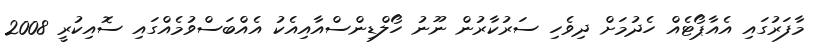
މާފަރުގައި އެއާޕޯޓެއް ހެދުމަށް ދިވެހި ސަރުކާރުން ނޫނު ހޯލްޑިންސްއާއިއެކު އެއްބަސްވުމެއްގައި ސޮއިކުރީ 2008